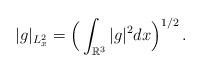
LaTeX: \begin{align*}|g|_{L_{x}^{2}}=\Big(\int_{{\mathbb{R}^{3}}}|g|^{2}dx\Big)^{1/2}\,.\end{align*}